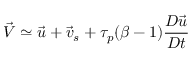
\vec { V } \simeq \vec { u } + \vec { v } _ { s } + \tau _ { p } ( \beta - 1 ) \frac { D \vec { u } } { D t }